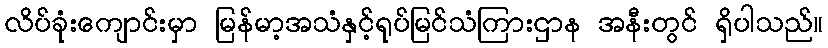
လိပ်ခုံးကျောင်းမှာ မြန်မာ့အသံနှင့်ရုပ်မြင်သံကြားဌာန အနီးတွင် ရှိပါသည်။